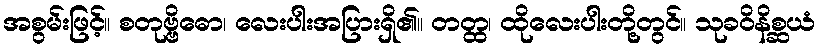
အစွမ်းဖြင့်။ စတုဗ္ဗိဓော၊ လေးပါးအပြားရှိ၏။ တတ္ထ၊ ထိုလေးပါးတို့တွင်။ သုခဝိနိစ္ဆယံ